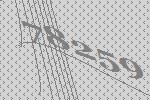
78259